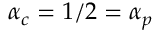
\alpha _ { c } = 1 / 2 = \alpha _ { p }